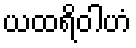
ယထရိဝါဟံ